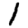
Digit: 1